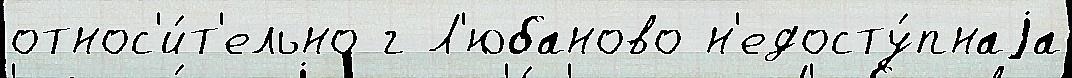
относ'и́т'ельно г Л'юбаново н'едосту́пнаjа